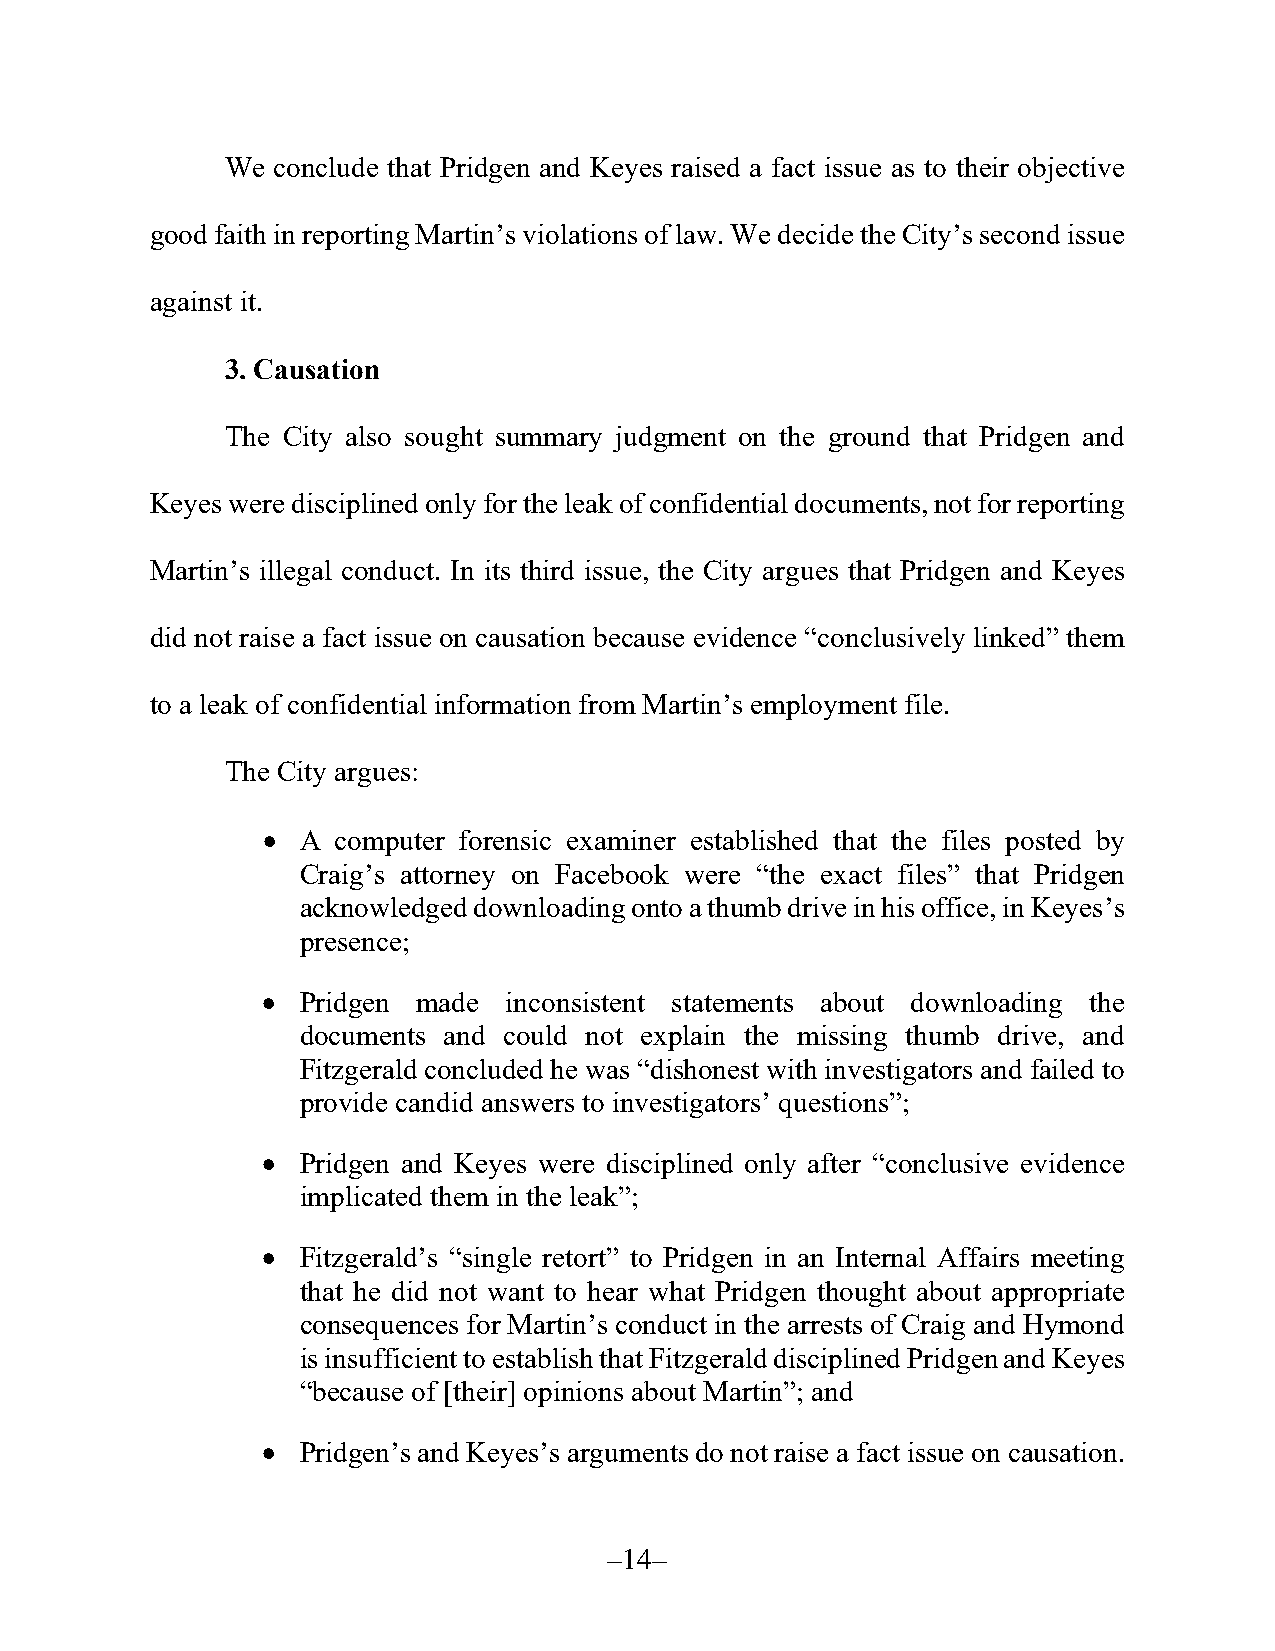
We conclude that Pridgen and Keyes raised a fact issue as to their objective
 good faith in reporting Martin’s violations of law. We decide the City’s second issue
 against it.
 3. Causation
 The City also sought summary judgment on the ground that Pridgen and
 Keyes were disciplined only for the leak of confidential documents, not for reporting
 Martin’s illegal conduct. In its third issue, the City argues that Pridgen and Keyes
 did not raise a fact issue on causation because evidence “conclusively linked” them
 to a leak of confidential information from Martin’s employment file.
 The City argues:
   A computer forensic examiner established that the files posted by
 Craig’s attorney on Facebook were “the exact files” that Pridgen
 acknowledged downloading onto a thumb drive in his office, in Keyes’s
 presence;
   Pridgen made inconsistent statements about downloading the
 documents and could not explain the missing thumb drive, and
 Fitzgerald concluded he was “dishonest with investigators and failed to
 provide candid answers to investigators’ questions”;
   Pridgen and Keyes were disciplined only after “conclusive evidence
 implicated them in the leak”;
   Fitzgerald’s “single retort” to Pridgen in an Internal Affairs meeting
 that he did not want to hear what Pridgen thought about appropriate
 consequences for Martin’s conduct in the arrests of Craig and Hymond
 is insufficient to establish that Fitzgerald disciplined Pridgen and Keyes
 “because of [their] opinions about Martin”; and
   Pridgen’s and Keyes’s arguments do not raise a fact issue on causation.
 –14–